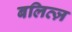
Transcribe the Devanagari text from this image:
बलित्ज़